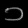
Digit: ၁